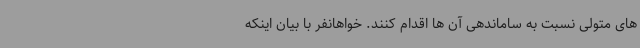
های متولی نسبت به ساماندهی آن ها اقدام کنند. خواهانفر با بیان اینکه